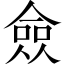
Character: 僉